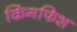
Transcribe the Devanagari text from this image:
किंगफिश